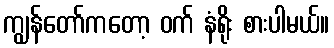
ကျွန်တော်ကတော့ ဝက် နံရိုး စားပါမယ်။